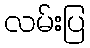
လမ်းပြ